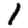
Digit: 1